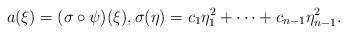
LaTeX: \begin{align*}a(\xi)=(\sigma\circ\psi)(\xi),\sigma(\eta)=c_1\eta_1^2+\cdots+c_{n-1}\eta_{n-1}^2.\end{align*}